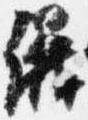
儀